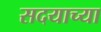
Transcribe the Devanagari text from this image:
सदयाच्या